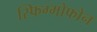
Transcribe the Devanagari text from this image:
स्फिग्मोफोन